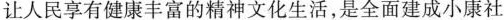
让人民享有健康丰富的精神文化生活，是全面建成小康社